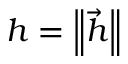
h = \left\| { \vec { h } } \right\|